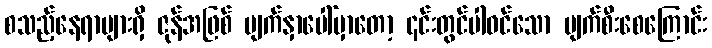
စသည့်နေရာများရှိ ဇုန်အဖြစ် မျက်နှာပေါ်မှာတော့ ၎င်းတွင်ပါဝင်သော ပျက်စီးစေကြောင်း